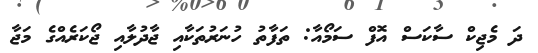
ދަ މެޖިކް ސާކަސް އޮފް ސަމޯއާ: ތަފާތު ހުނަރުތަކާއި ޖާދުލާއި ޖޯކަރެއްގެ މަޖާ